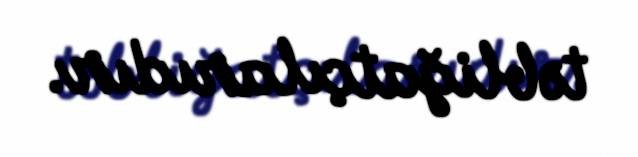
təbliğatçılarıdır.